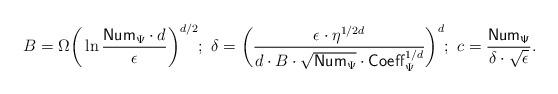
LaTeX: \begin{align*}B = \Omega\bigg( \ln \frac{\mathsf{Num}_\Psi \cdot d}{\epsilon} \bigg)^{d/2} ; \ \delta = \bigg( \frac{\epsilon \cdot \eta^{1/2d}}{d \cdot B \cdot \sqrt{\mathsf{Num}_\Psi} \cdot \mathsf{Coeff}_\Psi^{1/d}} \bigg)^d; \ c = \frac{\mathsf{Num_\Psi}}{\delta \cdot \sqrt{\epsilon}}.\end{align*}